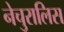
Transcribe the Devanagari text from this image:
नेचुरालिस